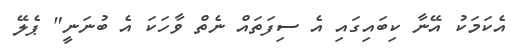
އެކަމަކު އޭނާ ކިބައިގައި އެ ސިފަތައް ނެތް ވާހަކަ އެ ބުނަނީ" ޕެލޭ